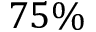
7 5 \%